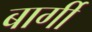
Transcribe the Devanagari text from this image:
बार्गी